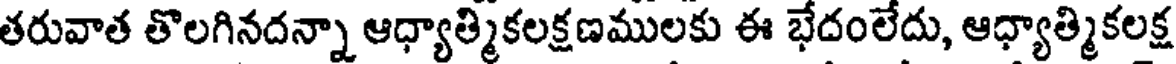
తరువాత తొలగినదన్నా ఆధ్యాత్మికలక్షణములకు ఈ భేదంలేదు, ఆధ్యాత్మికలక్ష